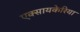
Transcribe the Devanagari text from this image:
एक्सायकेरिया